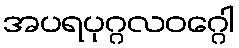
အပရပုဂ္ဂလဝဂ္ဂေါ